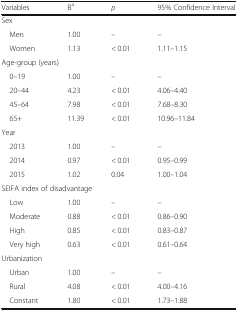
<table><thead><tr><td><b>Variables</b></td><td><b>B<sup>a</sup></b></td><td><b><i>p</i></b></td><td><b>95% Confidence Interval</b></td></tr></thead><tbody><tr><td colspan="4">Sex</td></tr><tr><td> Men</td><td>1.00</td><td>–</td><td>–</td></tr><tr><td> Women</td><td>1.13</td><td>&lt; 0.01</td><td>1.11–1.15</td></tr><tr><td colspan="4">Age-group (years)</td></tr><tr><td> 0–19</td><td>1.00</td><td>–</td><td>–</td></tr><tr><td> 20–44</td><td>4.23</td><td>&lt; 0.01</td><td>4.06–4.40</td></tr><tr><td> 45–64</td><td>7.98</td><td>&lt; 0.01</td><td>7.68–8.30</td></tr><tr><td> 65+</td><td>11.39</td><td>&lt; 0.01</td><td>10.96–11.84</td></tr><tr><td colspan="4">Year</td></tr><tr><td> 2013</td><td>1.00</td><td>–</td><td>–</td></tr><tr><td> 2014</td><td>0.97</td><td>&lt; 0.01</td><td>0.95–0.99</td></tr><tr><td> 2015</td><td>1.02</td><td>0.04</td><td>1.00–1.04</td></tr><tr><td colspan="4">SEIFA index of disadvantage</td></tr><tr><td> Low</td><td>1.00</td><td>–</td><td>–</td></tr><tr><td> Moderate</td><td>0.88</td><td>&lt; 0.01</td><td>0.86–0.90</td></tr><tr><td> High</td><td>0.85</td><td>&lt; 0.01</td><td>0.83–0.87</td></tr><tr><td> Very high</td><td>0.63</td><td>&lt; 0.01</td><td>0.61–0.64</td></tr><tr><td colspan="4">Urbanization</td></tr><tr><td> Urban</td><td>1.00</td><td>–</td><td>–</td></tr><tr><td> Rural</td><td>4.08</td><td>&lt; 0.01</td><td>4.00–4.16</td></tr><tr><td> Constant</td><td>1.80</td><td>&lt; 0.01</td><td>1.73–1.88</td></tr></tbody></table>